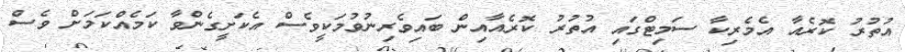
އުތުރު ކޮރެއާ އެމެރިކާ ސަމިޓްގައި އުތުރު ކޮރެއާއިން ބައިވެރިނުވުމަކީވެސް އެކަށީގެންވާ ކަމެއްކަމަށް ވެސް